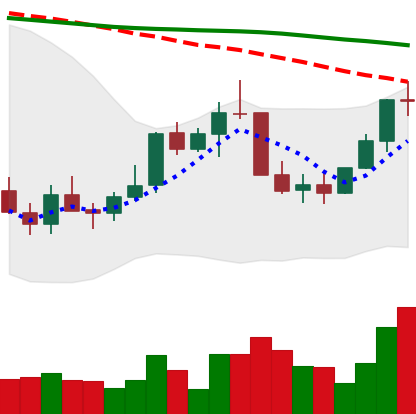
Ticker: LINK-USD
Chart end date: 2022-01-04
Forward return: 17.174%
Label: up_7plus